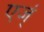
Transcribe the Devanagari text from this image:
एज्ं